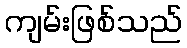
ကျမ်းဖြစ်သည်